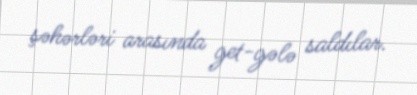
şəhərləri arasında get-gələ saldılar.